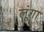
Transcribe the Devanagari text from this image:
लूूंगा